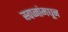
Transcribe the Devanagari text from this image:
स्वप्नांमधून